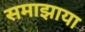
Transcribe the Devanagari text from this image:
समाझाया